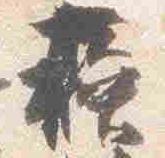
蘇